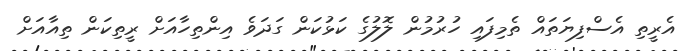
އެރީތި އެސްފިޔަތައް ތެމިފައި ހުރުމުން ލޮލުގެ ކަޅުކަން ގަދަވެ އިންތިހާއަށް ރީތިކަން ތިއާއަށް